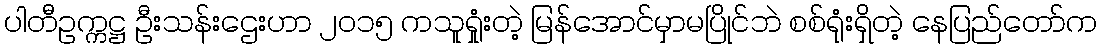
ပါတီဥက္ကဋ္ဌ ဦးသန်းဌေးဟာ ၂၀၁၅ ကသူရှုံးတဲ့ မြန်အောင်မှာမပြိုင်ဘဲ စစ်ရုံးရှိတဲ့ နေပြည်တော်က